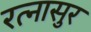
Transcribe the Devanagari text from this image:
रत्‍नासुर